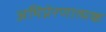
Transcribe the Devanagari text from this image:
अभिप्रेरणात्मक